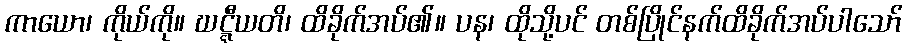
ကာယော၊ ကိုယ်ကို။ ဃဋ္ဋီယတိ၊ ထိခိုက်အပ်၏။ ပန၊ ထိုသို့ပင် တစ်ပြိုင်နက်ထိခိုက်အပ်ပါသော်